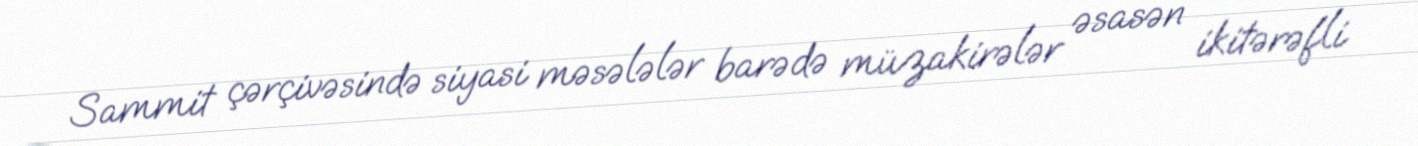
Sammit çərçivəsində siyasi məsələlər barədə müzakirələr əsasən ikitərəfli